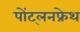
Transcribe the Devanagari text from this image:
पोंट्लनफ्रेथ